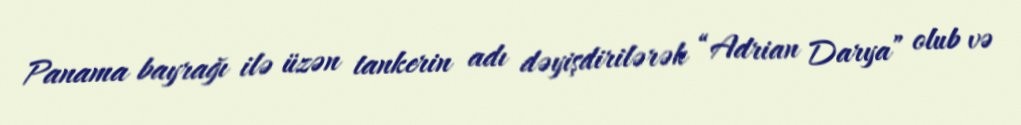
Panama bayrağı ilə üzən tankerin adı dəyişdirilərək “Adrian Darya” olub və